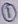
Text: 1